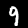
Label: 9